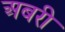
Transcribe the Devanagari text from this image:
अबरी